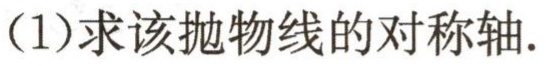
（1）求该抛物线的对称轴.